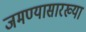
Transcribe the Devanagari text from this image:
जमण्यासारख्या